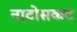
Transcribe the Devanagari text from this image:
नाटोसकट